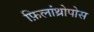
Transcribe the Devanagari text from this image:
फ़िलांथ्रोपोस